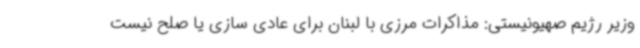
وزیر رژیم صهیونیستی: مذاکرات مرزی با لبنان برای عادی سازی یا صلح نیست